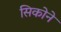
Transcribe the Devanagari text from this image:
सिकोने